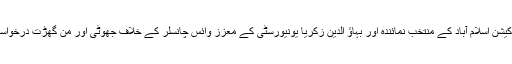
گومل یونیورسٹی کے ڈائریکٹر ایڈمنسٹریشن دلنواز خان نے101ویں سنڈیکیٹ میٹنگ میں ہائیر ایجوکیشن اسلام آباد کے منتخب نمائندہ اور بہاﺅ الدین زکریا یونیورسٹی کے معزز وائس چانسلر کے خلاف جھوٹی اور من گھڑت درخواستیں گورنر پنجاب اور چیئر مین ہائیر ایجوکیشن کمیشن اسلام آباد کو دیں اور اعلیٰ حکام کو گمراہ کیا۔